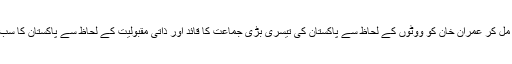
مذکورہ تمام عوامل نے مل کر عمران خان کو ووٹوں کے لحاظ سے پاکستان کی تیسری بڑی جماعت کا قائد اور ذاتی مقبولیت کے لحاظ سے پاکستان کا سب سے مقبول لیڈر بنا دیا۔